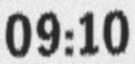
09:10